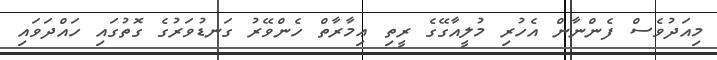
މިއަދުވެސް ފެންނާން އެހުރި މުލީއާގޭގެ ރީތި ޢިމާރާތް ހެންވޭރު ގަނޑުވަރުގެ ގޮތުގައި ހައްދަވައި